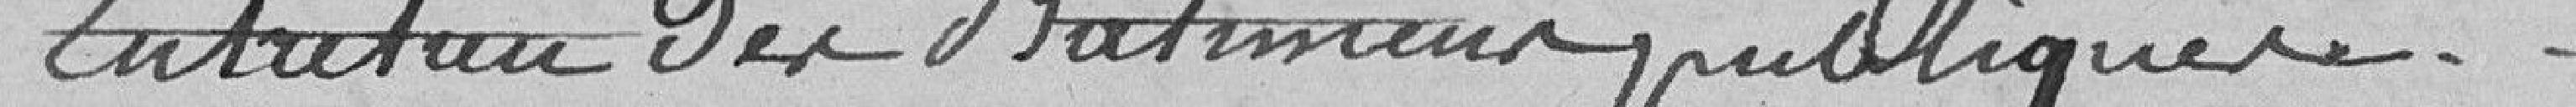
Entretien des bâtiments publiques 330